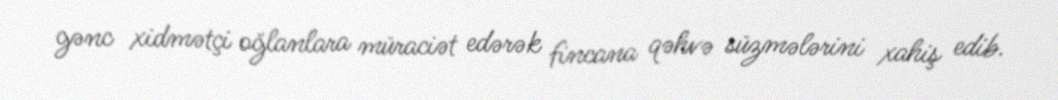
gənc xidmətçi oğlanlara müraciət edərək fincana qəhvə süzmələrini xahiş edib.